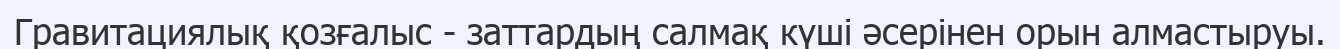
Гравитациялық қозғалыс - заттардың салмақ күші әсерінен орын алмастыруы.